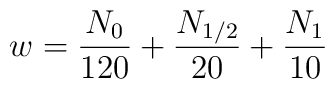
w=\frac{N_0}{120} + \frac{N_{1/2}}{20}+ \frac{N_1}{10}